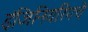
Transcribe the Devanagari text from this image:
इंजिनियरिंगचे